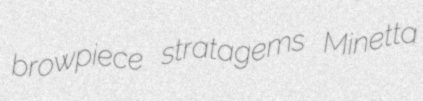
browpiece stratagems Minetta